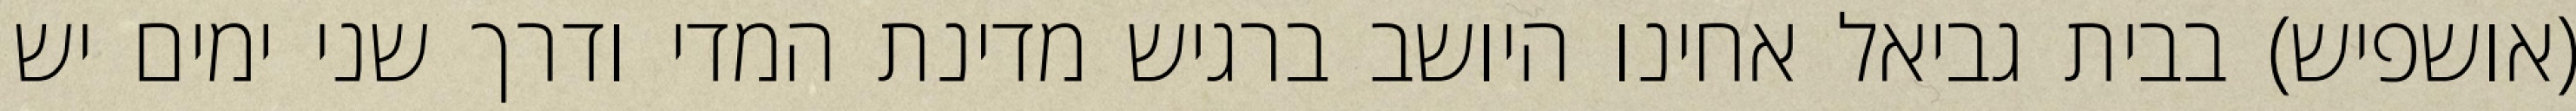
(אושפיש) בבית גביאל אחינו היושב ברגיש מדינת המדי ודרך שני ימים יש